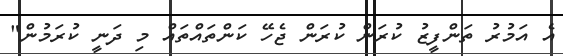
އެ އަމުރު ތަންފީޒު ކުރަން ކުރަން ޖެހޭ ކަންތައްތައް މި ދަނީ ކުރަމުން"